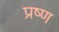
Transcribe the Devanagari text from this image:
प्रष्ण